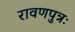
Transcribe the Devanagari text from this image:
रावणपुत्रः